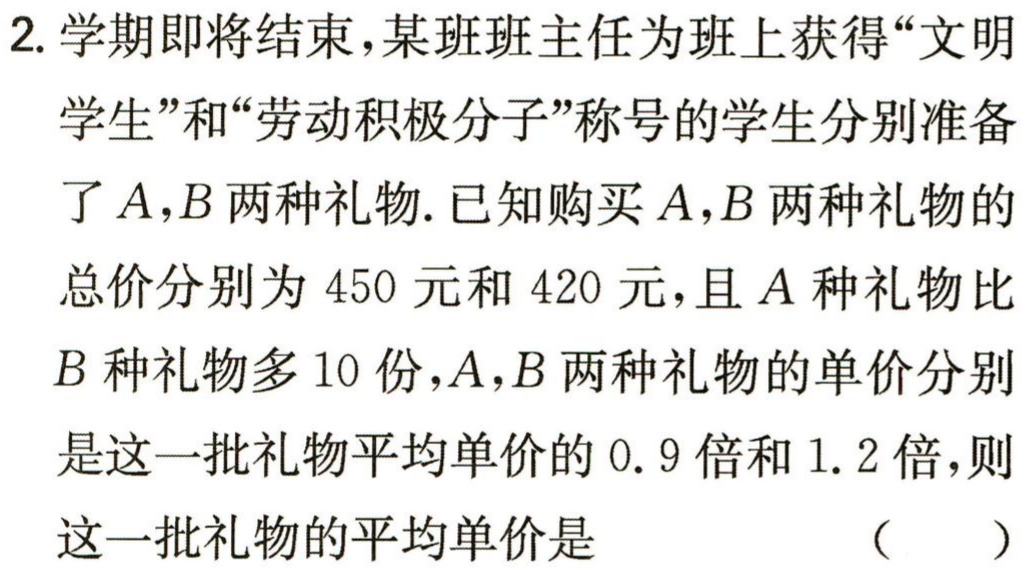
2. 学期即将结束，某班班主任为班上获得“文明

学生”和“劳动积极分子”称号的学生分别准备

了\(A,B\)两种礼物. 已知购买\(A,B\)两种礼物的

总价分别为\(450\)元和\(420\)元，且\(A\)种礼物比

\(B\)种礼物多\(10\)份，\(A,B\)两种礼物的单价分别

是这一批礼物平均单价的\(0.9\)倍和\(1.2\)倍，则

这一批礼物的平均单价是 （  ）